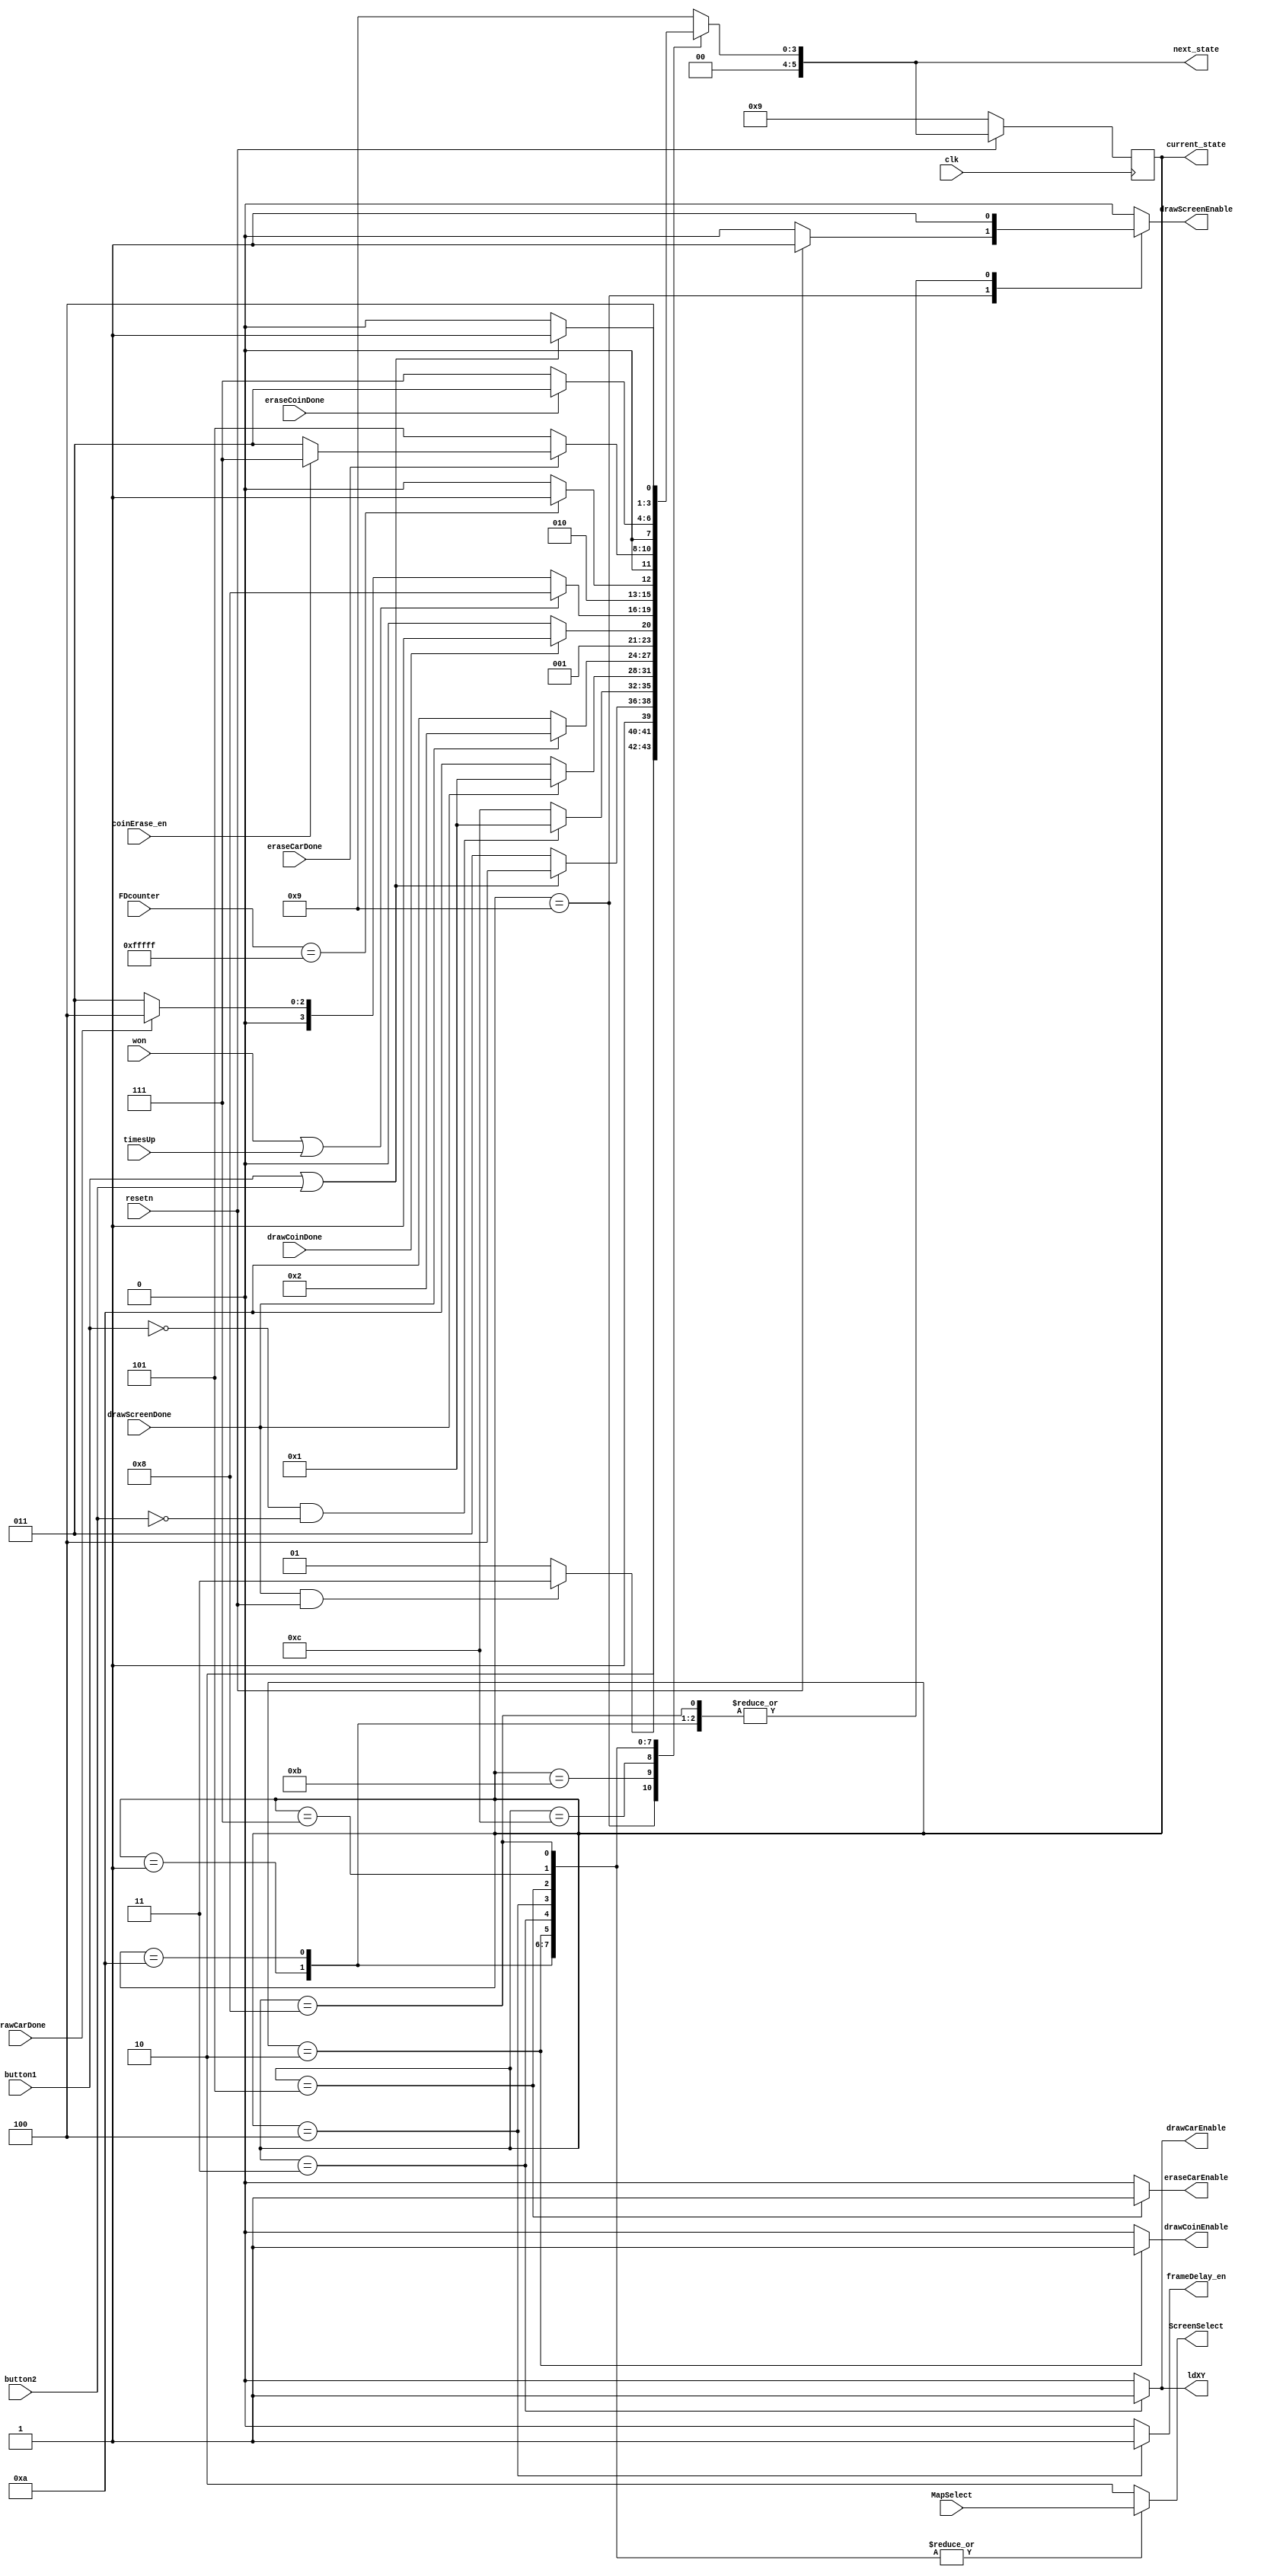
module animationControl(
    input clk,
    input resetn,

    input button1,
    input button2,
    input [19:0] FDcounter, 
    input coinErase_en,
    input won,
    input timesUp,
    input [1:0] MapSelect, // 0 is MAP1

    input drawScreenDone, drawCoinDone, drawCarDone, eraseCarDone, eraseCoinDone,
    output reg frameDelay_en,
    output reg drawScreenEnable, drawCoinEnable, drawCarEnable, eraseCarEnable,
    output reg [1:0] ScreenSelect,
    output reg [5:0] current_state,
    output reg [5:0] next_state,
    output reg ldXY
    );
  //reg [5:0] next_state;
  
  localparam  
              stepS     = 6'd9, //draw start screen
              stepSwait = 6'd11, //wait for button press
              stepSwait2 = 6'd12, //wait for button release
              step1       = 6'd1, //draw map    
              step1wait   =6'd10, //wait for drawscrene done to go down        
              step2       = 6'd2, //draw coins
              step3       = 6'd3, //draw car
              step4       = 6'd4, //framedelay
              step5       = 6'd5, //erase car?
              stepE       = 6'd7, //erase coin
              stepGG      = 6'd8; //endgame

    // Next state logic aka our state table
  always@(*)
  begin: state_table
    case (current_state)
      stepS: next_state = (drawScreenDone & resetn)? stepSwait : stepS; //reset released
      stepSwait: next_state = (button1|button2)? stepSwait2: stepSwait;
      stepSwait2: next_state = (~button1 & ~button2)? step1: stepSwait2;
      step1 : next_state = (!drawScreenDone)? step1wait: step1;
      step1wait: next_state = (drawScreenDone)? step2 : step1wait;
      step2 : next_state = (drawCoinDone)? step3 : step2;
      step3 : next_state = (won | timesUp) ? stepGG : (drawCarDone)? step4 : step3;
      step4 : next_state = (FDcounter == {20{1'b1}})? step5 : step4;
      step5 : next_state = (eraseCarDone)? ((coinErase_en)? stepE:step3): step5;
      stepE : next_state = (eraseCoinDone)? step3 : stepE;
      stepGG : next_state = (button1 | button2)? stepS: stepGG;
                
      default:     next_state = stepS;
        endcase
    end // state_table

 //for draw screen
 localparam   MAP1 = 2'b00,
              MAP2 = 2'b01,
              START = 2'b10,
              GG = 2'b11;

    // Output logic aka all of our datapath control signals
  always @(*)
  begin: enable_signals
        // By default make all our signals 0
        drawScreenEnable = 1'b0;
        ScreenSelect = START;
        drawCoinEnable = 1'b0;
        drawCarEnable = 1'b0;
        frameDelay_en = 1'b0;
        eraseCarEnable = 1'b0;
        ldXY = 1'b0;
    case (current_state)
      stepS: begin
        ScreenSelect = START;
        if(!resetn) drawScreenEnable = 1'b0;
        else drawScreenEnable = 1'b1;

      end
      //stepSwait is all default?
      //stepSwait2 all default?
      step1: begin
        ScreenSelect = MapSelect;
        drawScreenEnable = 1'b1;
      end
      step1wait :begin
        ScreenSelect = MapSelect;
        drawScreenEnable = 1'b1;
        
      end
      step2 : begin
        ScreenSelect = MapSelect;
        drawCoinEnable = 1'b1;
      end
      step3 : begin
        ldXY = 1'b1;
        drawCarEnable = 1'b1;
        ScreenSelect = MapSelect;
      end
      step4: begin
        frameDelay_en = 1'b1;
        ScreenSelect = MapSelect;
      end
      step5: begin
        eraseCarEnable = 1'b1;
        ScreenSelect = MapSelect;
      end
      stepE: begin
        ScreenSelect = MapSelect;
      end
      stepGG: begin
        ScreenSelect = GG;
        ScreenSelect = MapSelect;
        drawScreenEnable = 1'b1;
      end
    endcase
    end // enable_signals

    // current_state registers
    always@(posedge clk)
    begin: state_FFs
        if(!resetn)
            current_state <= stepS;
        else
            current_state <= next_state;
    end // state_FFS
endmodule